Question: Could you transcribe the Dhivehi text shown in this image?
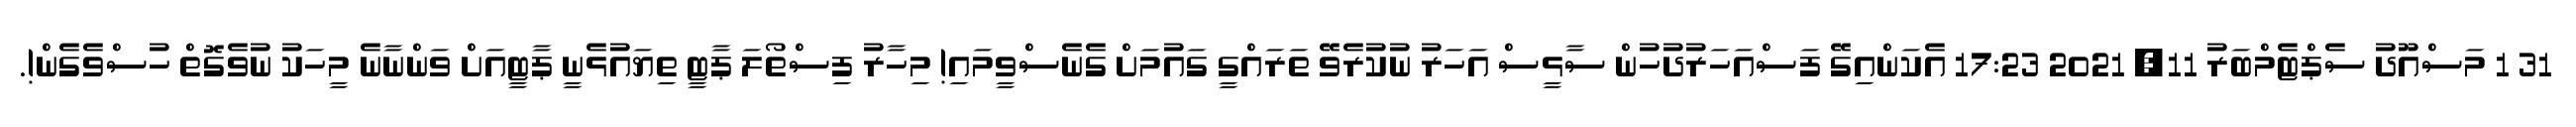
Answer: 31 1 މަސްއޫދު ސެޕްޓެމްބަރު 11, 2021 17:23 އެކަންއިގޭ ފަސްއަހަރުދުހުން ސާޅީސް އަހަރު ނުކުރެވޭ ތަރައްގީ ގައުމަށް ގެނެސްވީމައި! މިހާރު ފިސްތޯލަ ޕާޓީ ތިޔައުޅެނީ ޕާޓީއަށް ވަންނާނެ މީހަކު ނުވެގޮތް ހުސްވެގެން!.